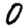
Digit: 0